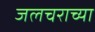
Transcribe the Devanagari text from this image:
जलचराच्या